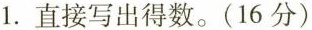
1.直接写出得数。(16分)